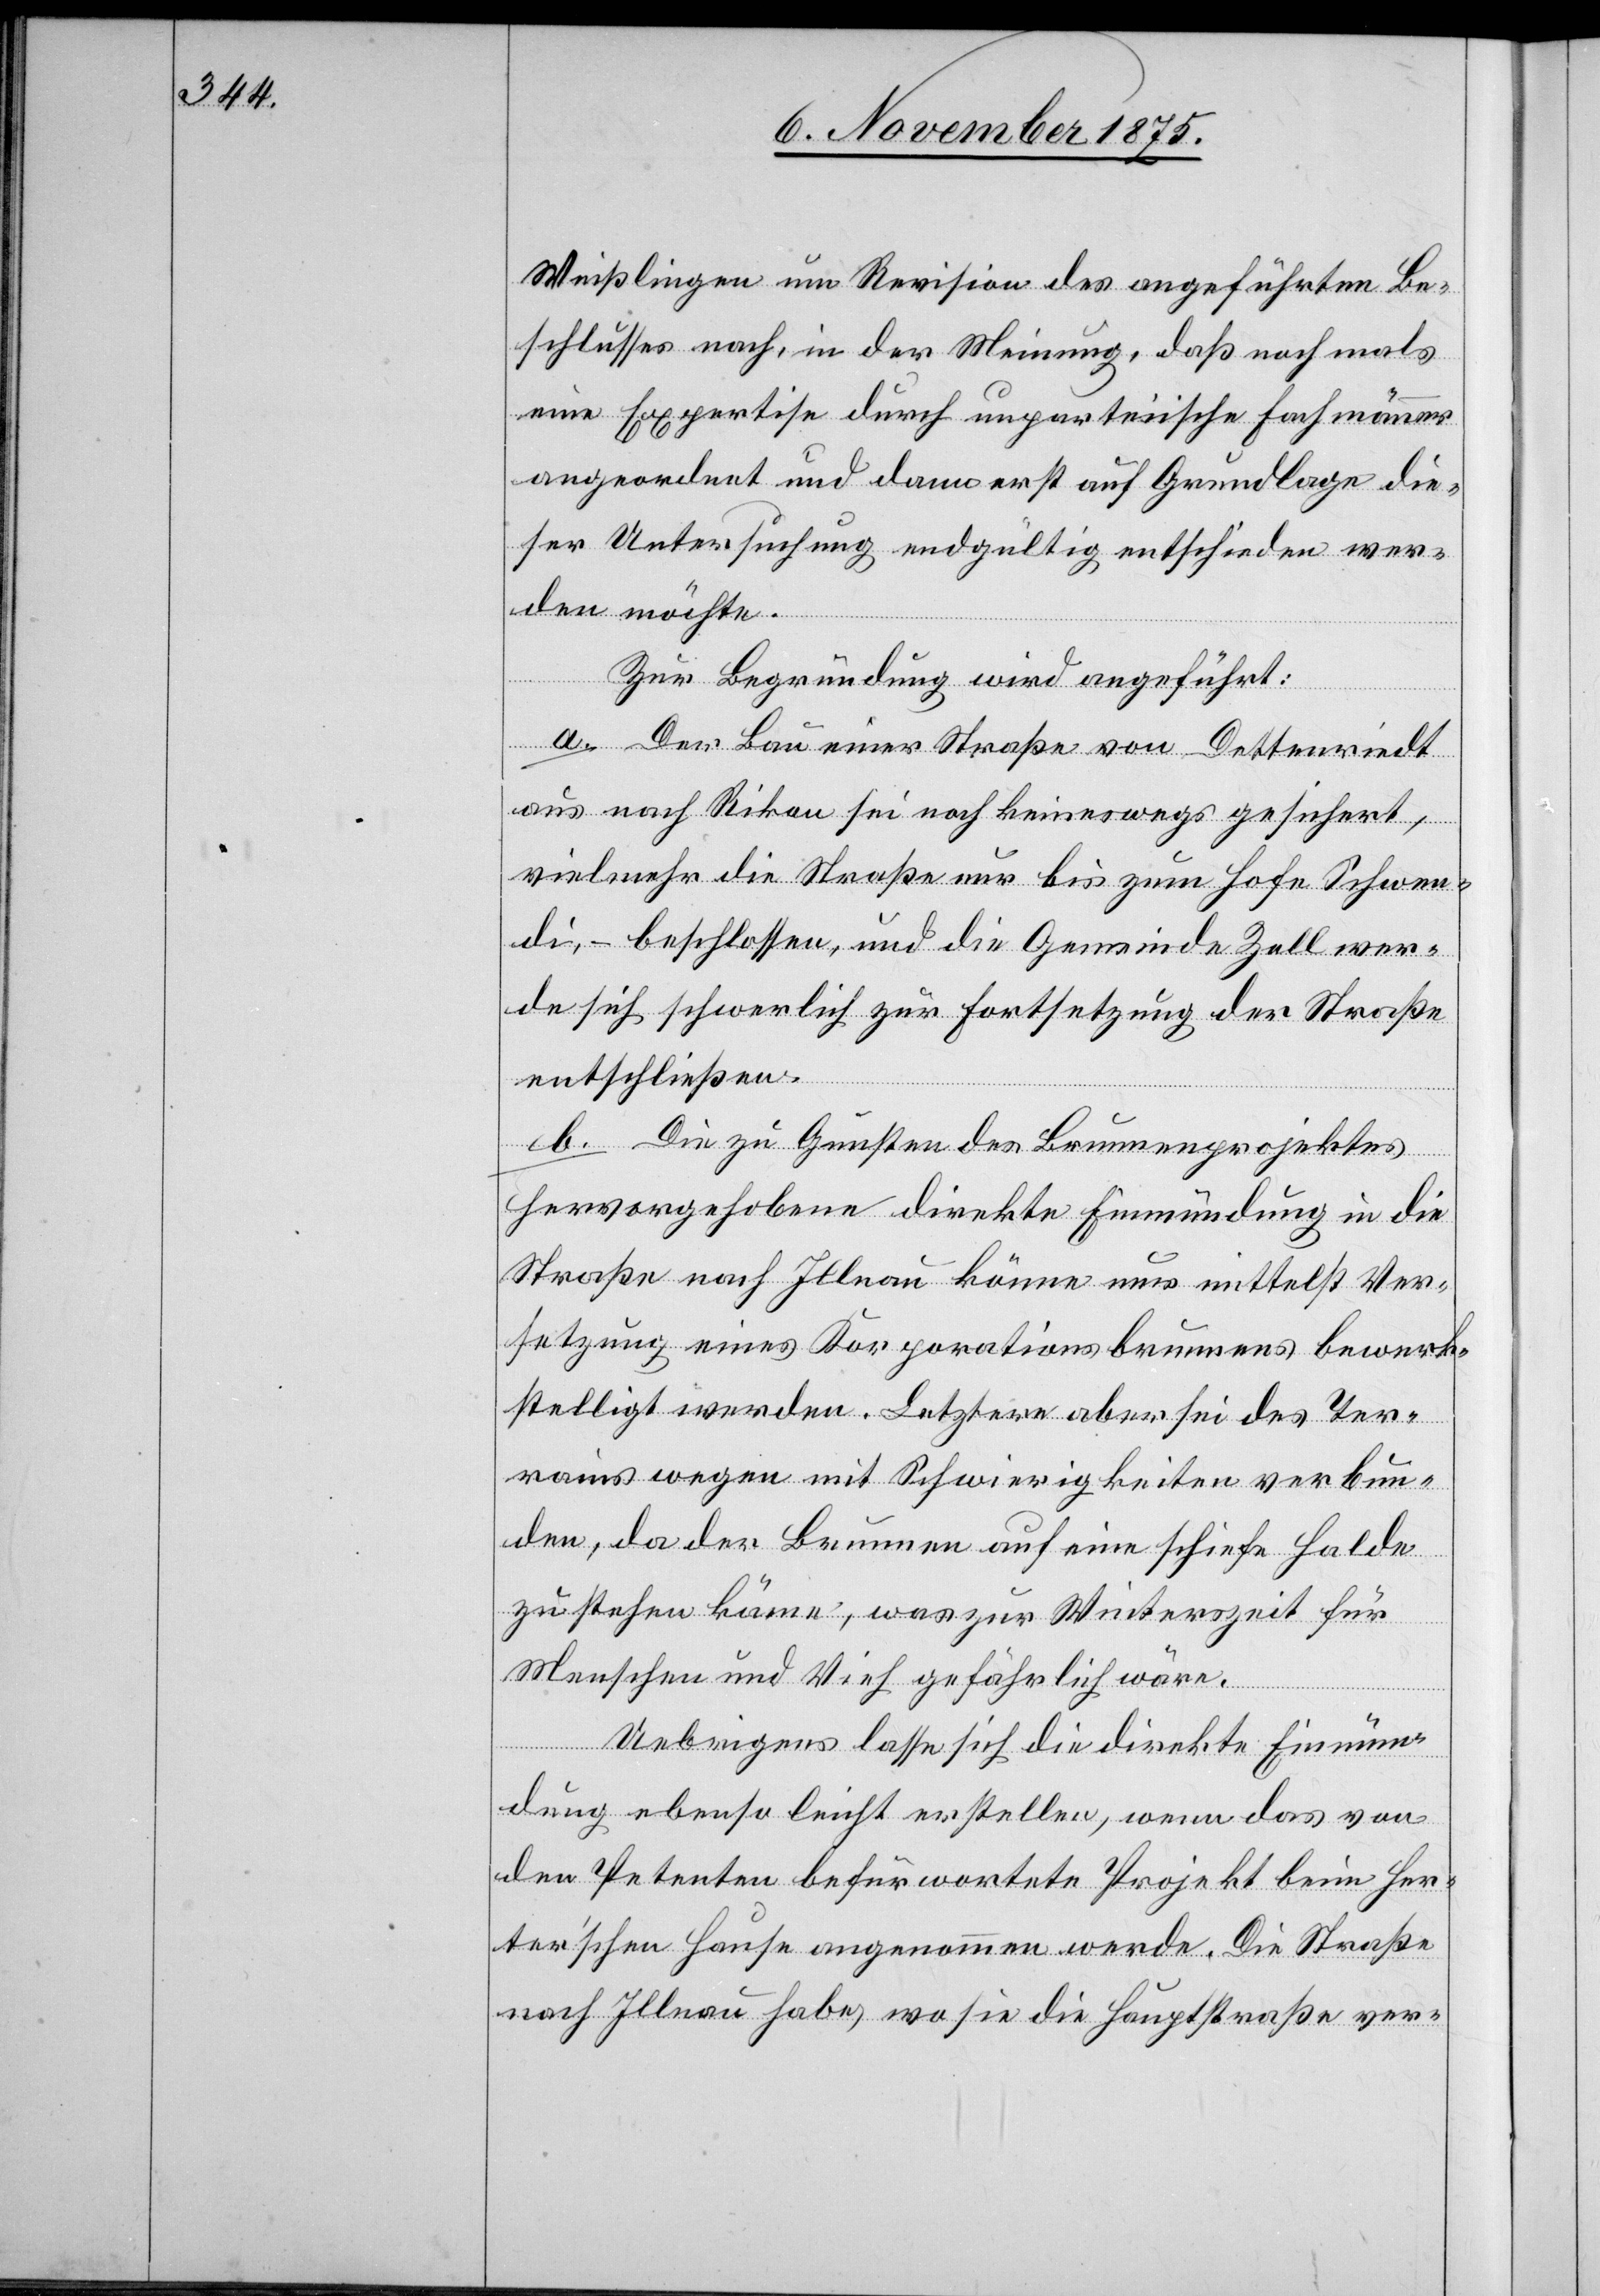
Weißlingen um Revision des angeführten Be¬
schlusses nach, in der Meinung, daß nochmals
eine Expertise durch unparteiische Fachmänner
angeordnet und dann erst auf Grundlage die¬
ser Untersuchung endgültig entschieden wer¬
den möchte.
Zur Begründung wird angeführt:
a. Der Bau einer Straße von Dettenriedt
aus nach Rikon sei noch keineswegs gesichert,
vielmehr die Straße nur bis zum Hofe Schwen¬
di, – beschlossen, und die Gemeinde Zell wer¬
de sich schwerlich zur Fortsetzung der Straße
entschließen.
b. Die zu Gunsten des Brunnenprojektes
hervorgehobene direkte Einmündung in die
Straße nach Illnau könne nur mittelst Ver¬
setzung eines Korporationsbrunnens bewerk¬
stelligt werden. Letztere aber sei des Ter¬
rains wegen mit Schwierigkeiten verbun¬
den, da der Brunnen auf eine schiefe Halde
zu stehen käme, was zur Winterzeit für
Menschen und Vieh gefährlich wäre.
Uebrigens lasse sich die direkte Einmün¬
dung ebenso leicht erstellen, wenn das von
den Petenten befürwortete Projekt beim Her¬
ter’schen Hause angenommen werde. Die Straße
nach Illnau habe, wo sie die Hauptstraße ver-